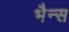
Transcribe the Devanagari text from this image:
भैन्स